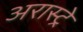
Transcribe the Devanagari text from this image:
अरास्ट्रे